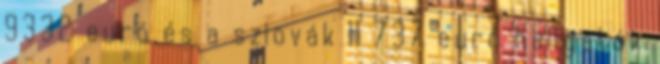
9332 euró és a szlovák 11 737 euró hallgatók